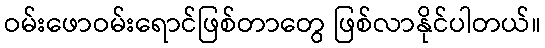
ဝမ်းဖောဝမ်းရောင်ဖြစ်တာတွေ ဖြစ်လာနိုင်ပါတယ်။